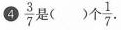
④ \frac{3}{7}是()个\frac{1}{7}.